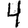
Digit: 4